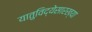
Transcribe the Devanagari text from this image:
यातुविद्येसारख्या